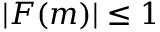
| F ( m ) | \leq 1